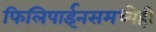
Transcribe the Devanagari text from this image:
फिलिपाईनसमध्येही